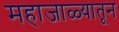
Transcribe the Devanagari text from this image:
महाजाळ्यातून